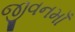
જીવનમાઁ